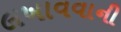
લખાવવાની